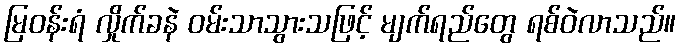
မြဝန်းရံ လှိုက်ခနဲ ဝမ်းသာသွားသဖြင့် မျက်ရည်တွေ ရစ်ဝဲလာသည်။